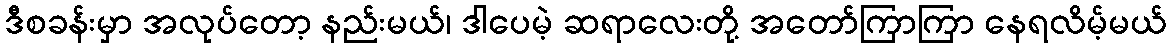
ဒီစခန်းမှာ အလုပ်တော့ နည်းမယ်၊ ဒါပေမဲ့ ဆရာလေးတို့ အတော်ကြာကြာ နေရလိမ့်မယ်